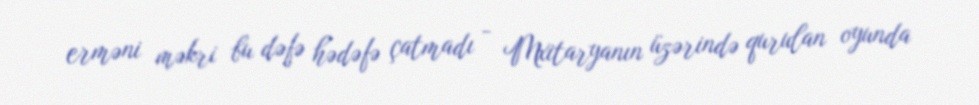
erməni məkri bu dəfə hədəfə çatmadı - Mxitaryanın üzərində qurulan oyunda